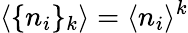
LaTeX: \langle\lbrace n_{i}\rbrace_{k}\rangle=\langle n_{i}\rangle^{k}